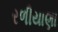
રળીયાણા